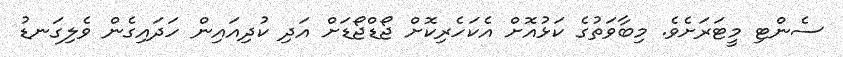
ސެންޓި މީޓަރަށެވެ. މިބާވަތުގެ ކަޅުއޮށް އެކަހެރިކޮށް ޖޯޑްޖޯޑަށް އަދި ކުދިއައިން ހަދައިގެން ވެލިގަނޑު